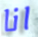
انا